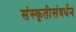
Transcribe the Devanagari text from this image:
संस्कृतीसंवर्धन